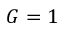
G = 1